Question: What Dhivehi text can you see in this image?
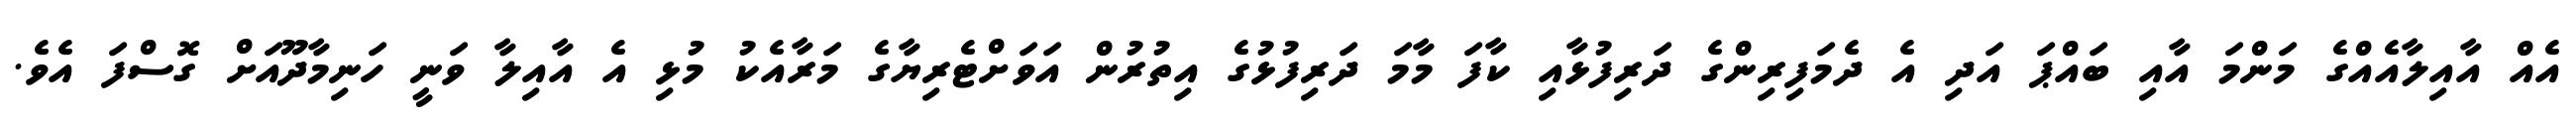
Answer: އެއް އާއިލާއެއްގެ މަންމަ އާއި ބައްޕަ އަދި އެ ދެމަފިރިންގެ ދަރިފުޅާއި ކާފަ މާމަ ދަރިފުޅުގެ އިތުރުން އަވަށްޓެރިޔާގެ މަރާއެކު މުޅި އެ އާއިލާ ވަނީ ހަނިމާދޫއަށް ގޮސްފަ އެވެ.